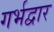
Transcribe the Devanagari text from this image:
गर्भद्वार